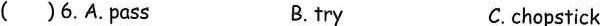
( )6.A.pass B. try C.chopstick